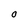
Character: O